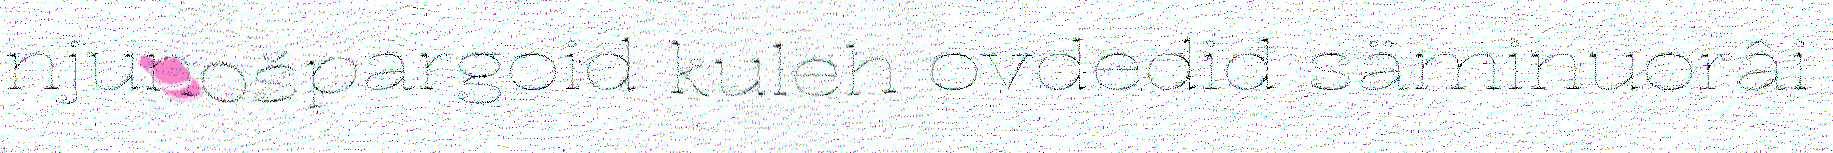
njunošpargoid kuleh ovdediđ säminuorâi